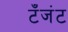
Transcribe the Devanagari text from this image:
टँजंट